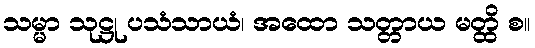
သမ္မာ သုဋ္ဌု ပသံသာယံ၊ အထော သတ္တာယ မတ္ထိ စ။